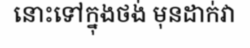
នោះទៅក្នុងថង់ មុនដាក់វា